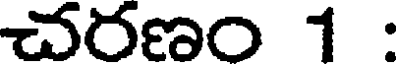
చరణం 1 :